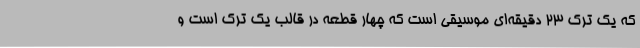
که یک ترک 23 دقیقه‌ای موسیقی است که چهار قطعه در قالب یک ترک است و